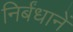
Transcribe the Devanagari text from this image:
निर्बंधानें